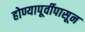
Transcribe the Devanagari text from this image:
होण्यापूर्वीपासून